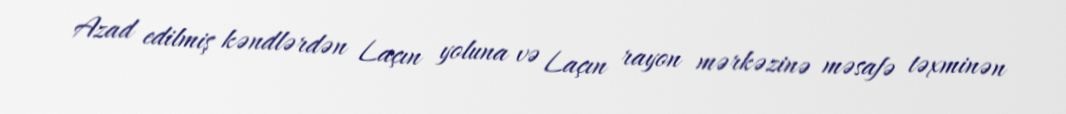
Azad edilmiş kəndlərdən Laçın yoluna və Laçın rayon mərkəzinə məsafə təxminən